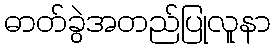
ဓာတ်ခွဲအတည်ပြုလူနာ